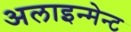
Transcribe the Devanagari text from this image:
अलाइन्मेन्ट